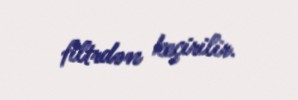
filtrdən keçirilir.